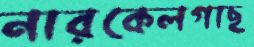
নারকেলগাছ